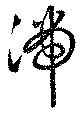
湍